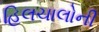
હિલચાલોની